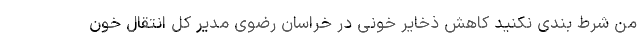
من شرط بندی نکنید کاهش ذخایر خونی در خراسان رضوی مدیر کل انتقال خون